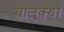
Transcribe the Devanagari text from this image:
चालूक्यों